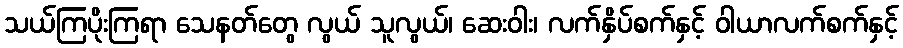
သယ်ကြပိုးကြရာ သေနတ်တွေ လွယ် သူလွယ်၊ ဆေးဝါး၊ လက်နှိပ်စက်နှင့် ဝါယာလက်စက်နှင့်